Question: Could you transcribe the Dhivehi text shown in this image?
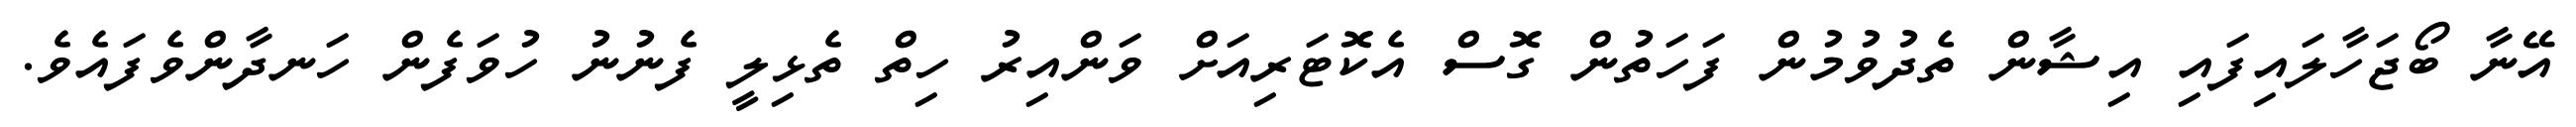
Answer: އޭނާ ބޯޖަހާލައިފައި އިޝާން ތެދުވުމުން ފަހަތުން ގޮސް އެކޮޓަރިއަށް ވަންއިރު ހިތް ތެޅިލީ ފެނުނު ހުވަފެން ހަނދާންވެފައެވެ.